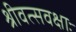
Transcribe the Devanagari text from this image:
श्रीवत्सवक्षाः